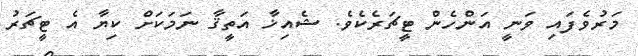
މަރުވެފައި ވަނީ އަންހެން ޓީޗަރެކެވެ. ޝެއިޚާ އަތީޤާ ނަމަކަށް ކިޔާ އެ ޓީޗަރު